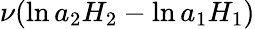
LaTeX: \nu(\ln a_{2}H_{2}-\ln a_{1}H_{1})